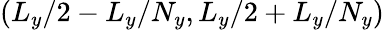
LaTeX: \left(L_{y}/2-L_{y}/N_{y},L_{y}/2+L_{y}/N_{y}\right)